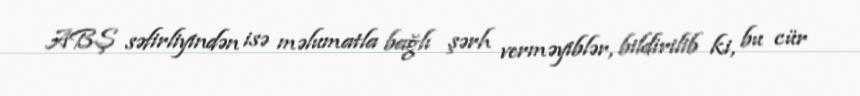
ABŞ səfirliyindən isə məlumatla bağlı şərh verməyiblər, bildirilib ki, bu cür